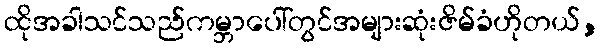
ထိုအခါသင်သည်ကမ္ဘာပေါ်တွင်အများဆုံးဇိမ်ခံဟိုတယ်,